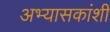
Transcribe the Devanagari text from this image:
अभ्यासकांशी